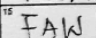
Transcription: FAW